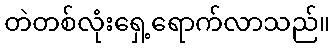
တဲတစ်လုံးရှေ့ရောက်လာသည်။